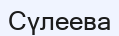
Сүлеева